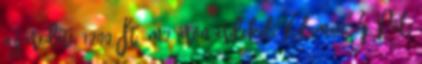
az eredeti, 1200 Ft m2 áron érdekel. Kelemen Z. Pál: